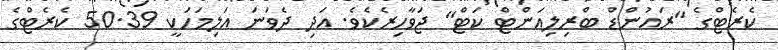
ކެރެޓްގެ "ރައުންޑް ބްރިލިއަންޓް ކަޓް" ޖަވާހިރެކެވެ. އަދި ދެވަނަ އަލިމަހަކީ 50.39 ކެރެޓްގެ